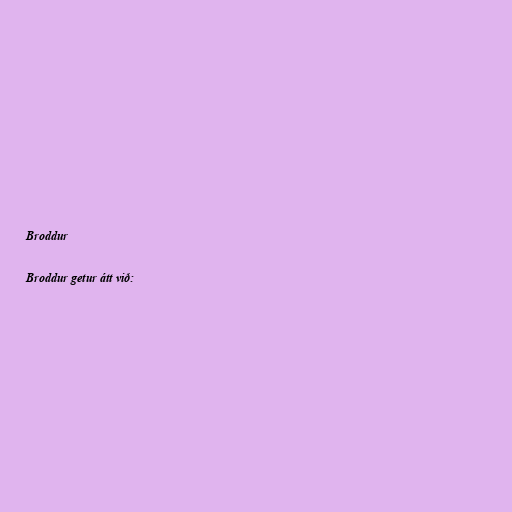
Broddur

Broddur getur átt við: